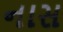
નાસ